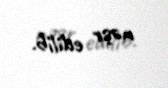
nəşr edilib.